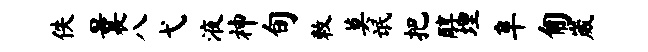
佚曩八弋液神旬敕莫氓把醇埋阜匍崴